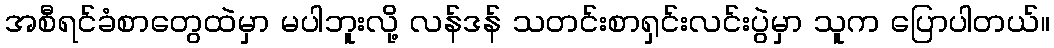
အစီရင်ခံစာတွေထဲမှာ မပါဘူးလို့ လန်ဒန် သတင်းစာရှင်းလင်းပွဲမှာ သူက ပြောပါတယ်။